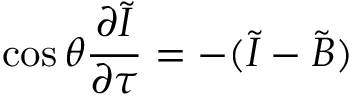
\cos \theta \frac { \partial \tilde { I } } { \partial \tau } = - ( \tilde { I } - \tilde { B } )